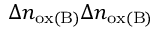
\Delta n _ { \mathrm { o x ( B ) } } \Delta n _ { \mathrm { o x ( B ) } }